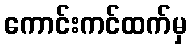
ကောင်းကင်ထက်မှ